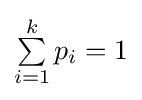
{\textstyle \sum \limits _{i=1}^{k}p_{i}=1}